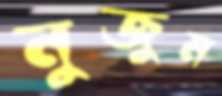
নুজুম